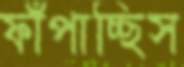
ফাঁপাচ্ছিস